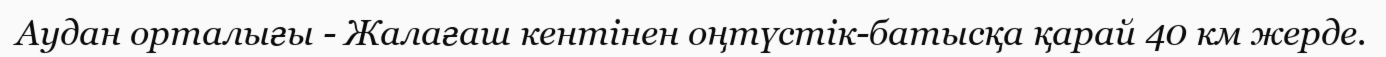
Аудан орталығы - Жалағаш кентінен оңтүстік-батысқа қарай 40 км жерде.